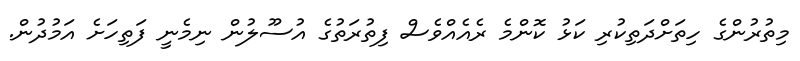
މިތުރުންގެ ހިތަށްދަތިކުރި ކަޅު ކޮންމެ ރެއެއްވެސް ފިތުރަތުގެ އުސޫލުން ނިމެނީ ފަތިހަށެ އަމުދުން.